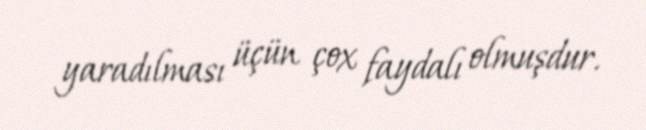
yaradılması üçün çox faydalı olmuşdur.